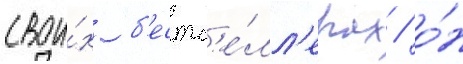
свои́х б'естс'е́лл'ерах / о́н